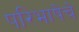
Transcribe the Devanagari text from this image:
परिभाषेचे